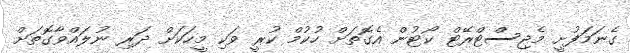
ގެނަމަފުށީ މެޖިސްޓްރޭޓް ކޯޓުން އެގޮތަށް ހުކުމް ކުރީ ވަކި މީހަކަށް ދަރި ނުލައްވާގޮތަށް